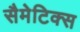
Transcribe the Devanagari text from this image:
सैमेटिक्स